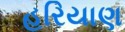
હરિયાણ